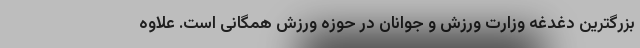
بزرگترین دغدغه وزارت ورزش و جوانان در حوزه ورزش همگانی است. علاوه